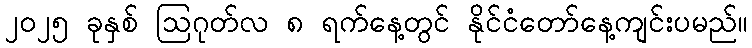
၂၀၂၅ ခုနှစ် ဩဂုတ်လ ၈ ရက်နေ့တွင် နိုင်ငံတော်နေ့ကျင်းပမည်။